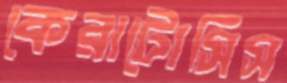
কেরাটোসিস